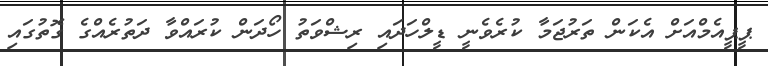
ޕީޕީއެމްއަށް އެކަން ތަރުޖަމާ ކުރެވެނީ ޑީލްހަދައި ރިޝްވަތު ހޯދަން ކުރައްވާ ދަތުރެއްގެ ގޮތުގައި